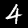
Digit: 4